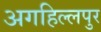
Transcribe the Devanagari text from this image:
अगहिल्लपुर